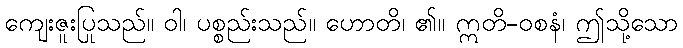
ကျေးဇူးပြုသည်။ ဝါ၊ ပစ္စည်းသည်။ ဟောတိ၊ ၏။ ဣတိ-ဝစနံ၊ ဤသို့သော